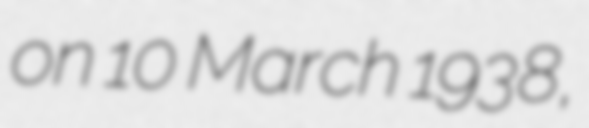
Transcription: on 10 March 1938,